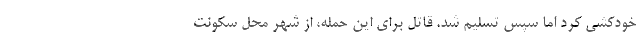
خودکشی کرد اما سپس تسلیم شد. قاتل برای این حمله، از شهر محل سکونت